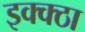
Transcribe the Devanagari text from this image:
इक्क्ठा